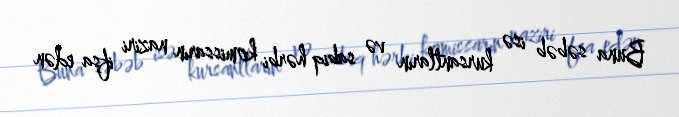
Buna səbəb isə kursantların və sabiq hərbi komissarın naziri ifşa edən